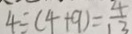
4 \div ( 4 + 9 ) = \frac { 4 } { 1 3 }